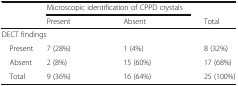
| <ROWSPAN=2>  | <COLSPAN=2> Microscopic identification of CPPD crystals |  |
 | Present | Absent | Total |
 | --- | --- | --- | --- |
 | <COLSPAN=4> DECT findings |
 | Present | 7 (28%) | 1 (4%) | 8 (32%) |
 | Absent | 2 (8%) | 15 (60%) | 17 (68%) |
 | Total | 9 (36%) | 16 (64%) | 25 (100%) |